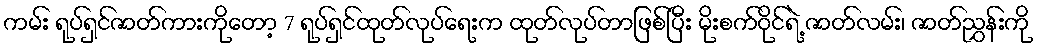
ကမ်း ရုပ်ရှင်ဇာတ်ကားကိုတော့ 7 ရုပ်ရှင်ထုတ်လုပ်ရေးက ထုတ်လုပ်တာဖြစ်ပြီး မိုးစက်ဝိုင်ရဲ့ ဇာတ်လမ်း၊ ဇာတ်ညွှန်းကို